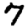
Digit: 7